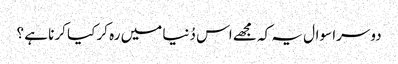
دوسرا سوال یہ کہ مجھے اس دُنیا میں رہ کر کیا کرنا ہے ؟